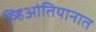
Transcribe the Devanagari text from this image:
व्हिआंतियानात